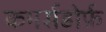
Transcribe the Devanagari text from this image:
कमर्सडोर्फ़